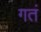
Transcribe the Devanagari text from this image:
गतं